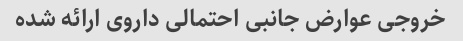
خروجی عوارض جانبی احتمالی داروی ارائه شده